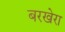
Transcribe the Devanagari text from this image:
बरखेरा